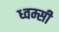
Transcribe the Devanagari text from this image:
ध्वम्सी